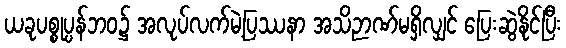
ယခုပစ္စုပ္ပန်ဘဝ၌ အလုပ်လက်မဲ့ပြဿနာ အသိဉာဏ်မရှိလျှင် ပြေးဆွဲနိုင်ပြီး